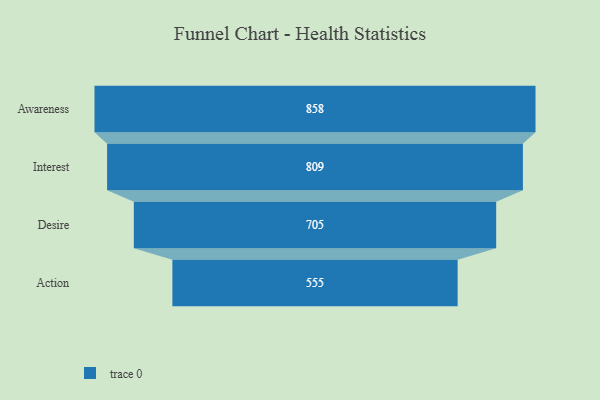
{"axis": {"x": "Stage", "y": "Value"}, "legend": [""], "data": [{"x": "Awareness", "y": 858.0, "type": ""}, {"x": "Interest", "y": 809.0, "type": ""}, {"x": "Desire", "y": 705.0, "type": ""}, {"x": "Action", "y": 555.0, "type": ""}]}